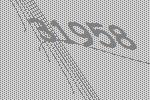
31958